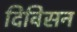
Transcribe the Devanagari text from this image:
दिविसन